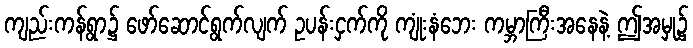
ကျည်းကန်ရွာ၌ ဖော်ဆောင်ရွက်လျက် ဥပန်းငှက်ကို ကျုံးနံဘေး ကမ္ဘာကြီးအနေနဲ့ ဤအမှု၌